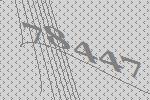
78447